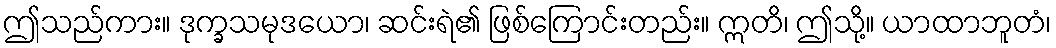
ဤသည်ကား။ ဒုက္ခသမုဒယော၊ ဆင်းရဲ၏ ဖြစ်ကြောင်းတည်း။ ဣတိ၊ ဤသို့။ ယာထာဘူတံ၊